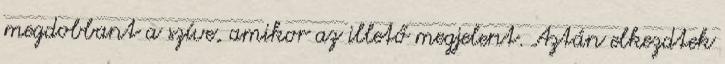
megdobbant a szíve, amikor az illető megjelent. Aztán elkezdtek